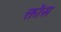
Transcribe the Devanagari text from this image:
क्तोस